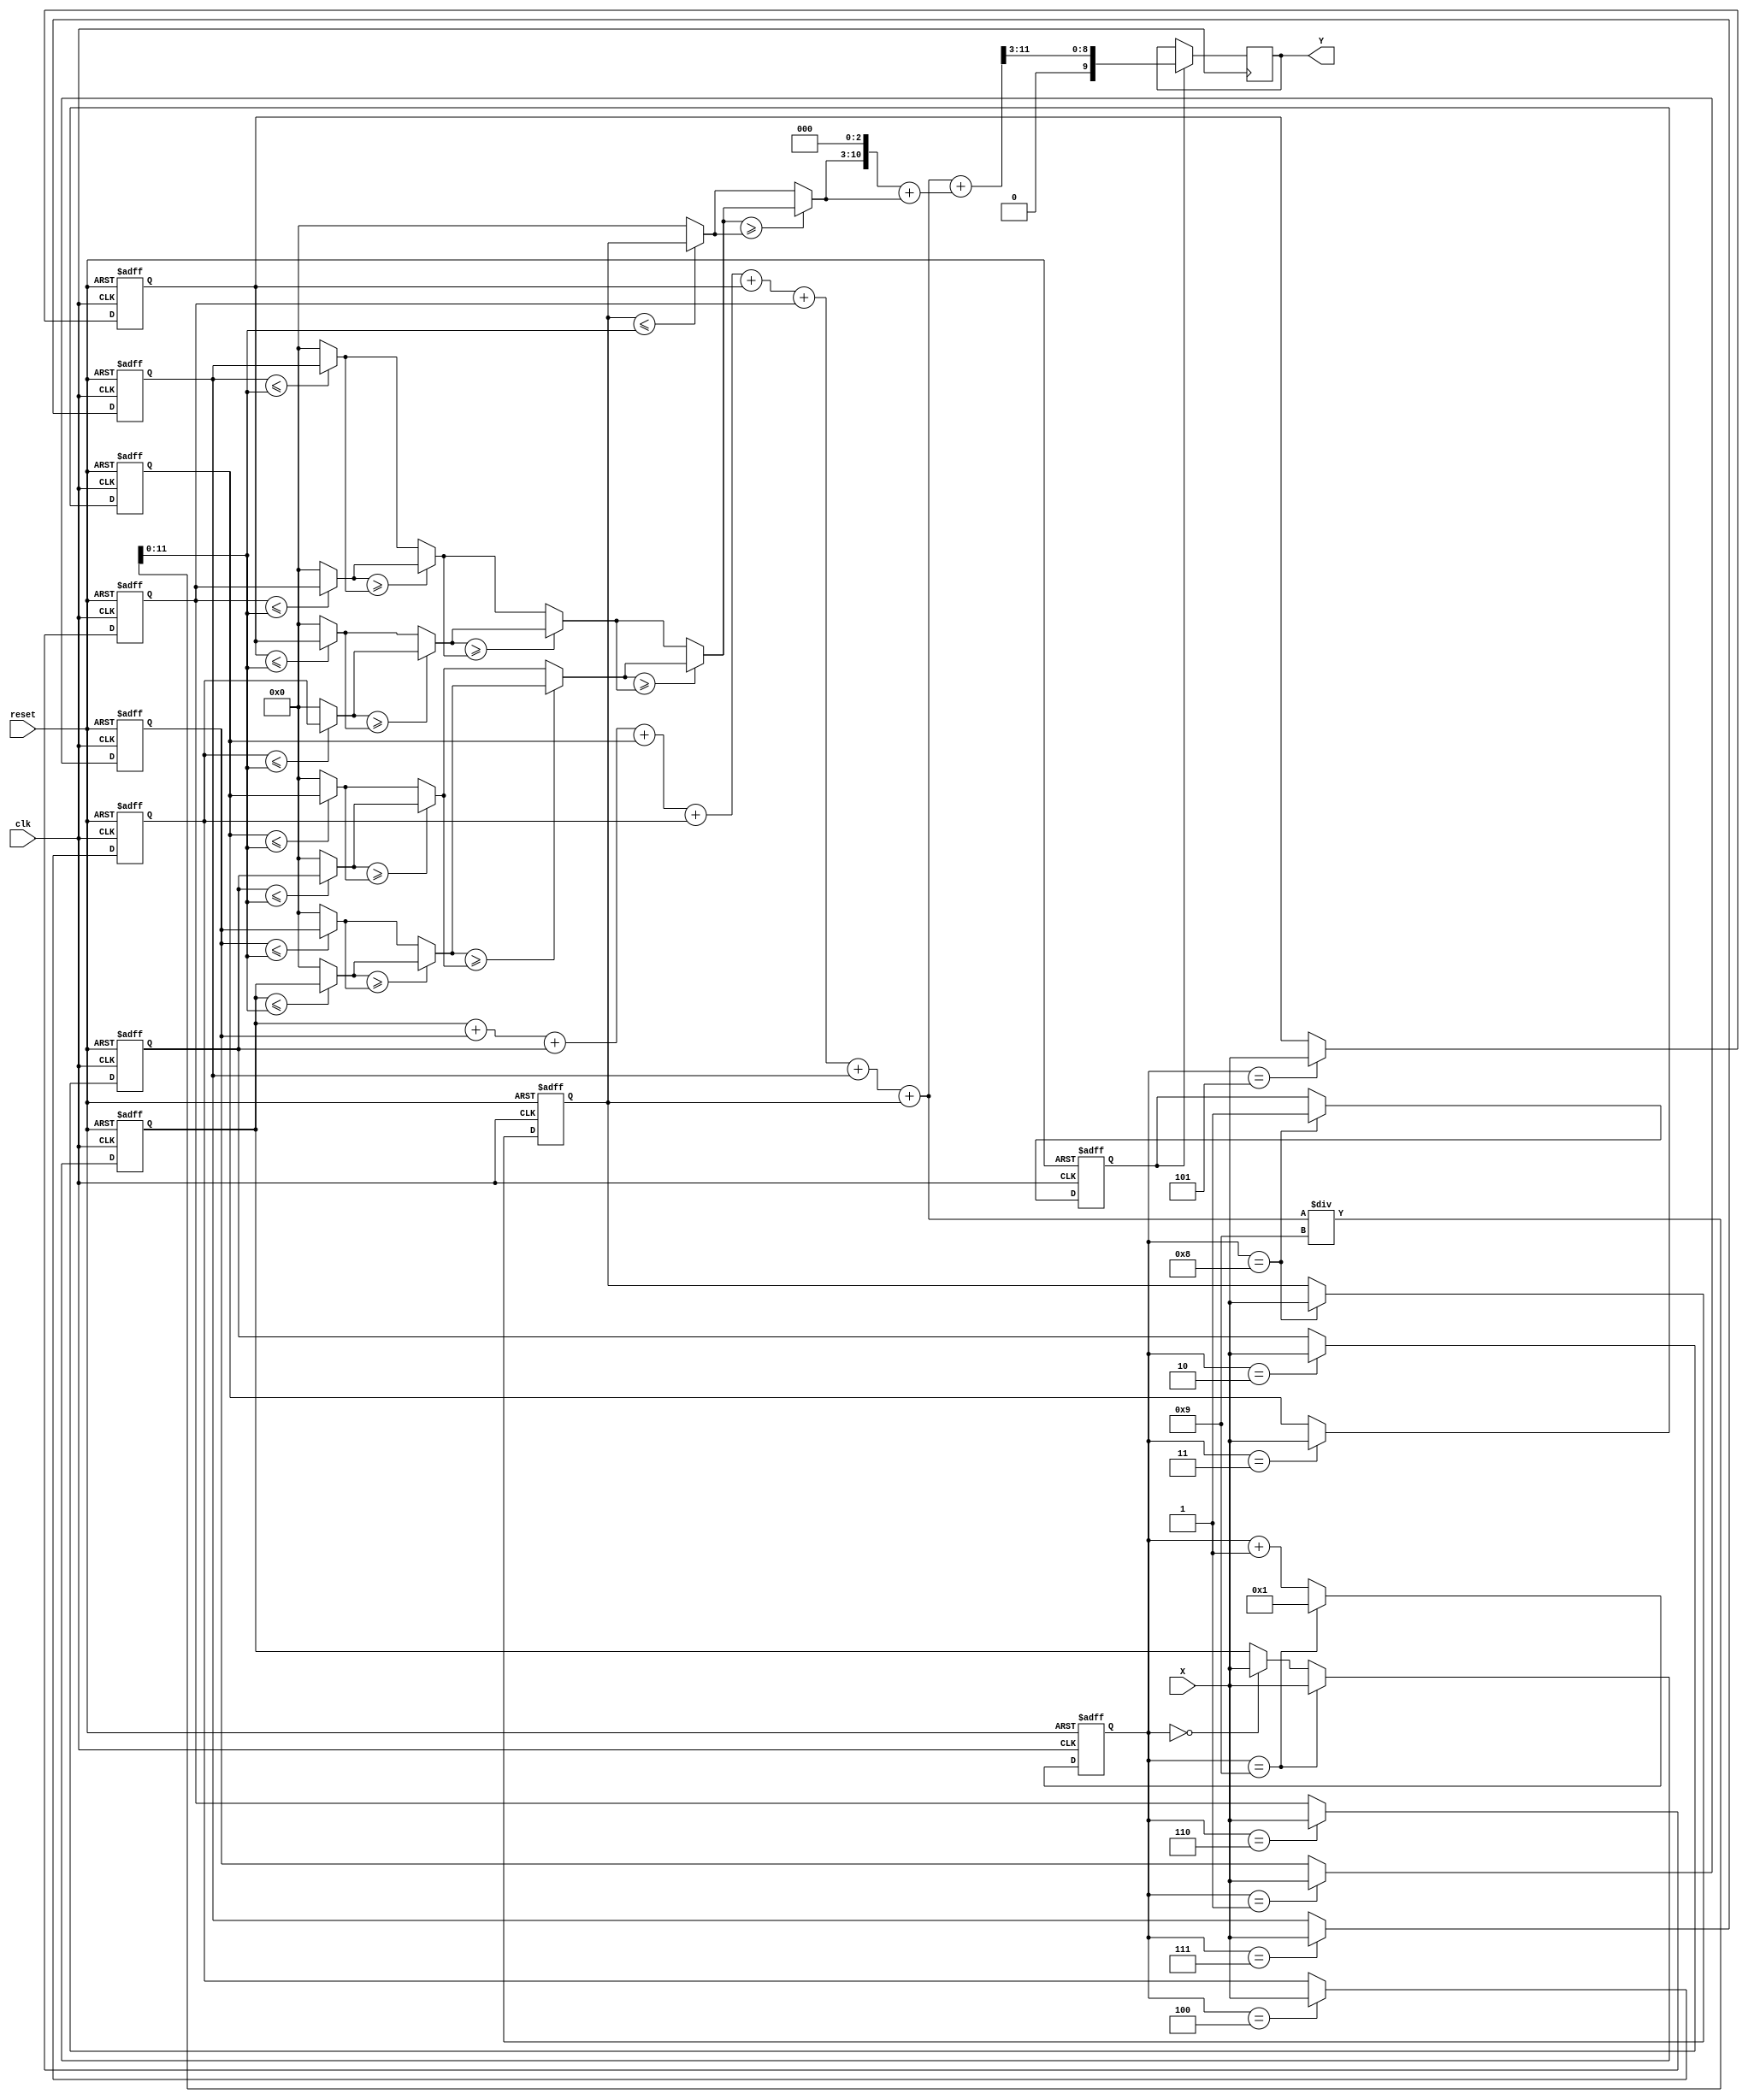
`timescale 1ns/10ps
/*
 * IC Contest Computational System (CS)
*/
module CS(Y, X, reset, clk);

input clk, reset; 
input [7:0] X;
output reg [9:0] Y;

reg [3:0] counter;
reg [7:0] X_in[0:8];
reg flag;

wire [11:0] X_SUM;
wire [11:0] X_AVG;
wire [11:0] X_APPR;
wire [7:0]x_0, x_1, x_2, x_3, x_4, x_5, x_6, x_7, x_8; 
wire [7:0]cmp_0, cmp_1, cmp_2, cmp_3, cmp_4, cmp_5, cmp_6, cmp_7; 
integer i;

assign X_SUM = X_in[0] + X_in[1] + X_in[2] + X_in[3] + X_in[4] + X_in[5] + X_in[6] + X_in[7] + X_in[8];
assign X_AVG = X_SUM / 9;
assign X_APPR = (cmp_7 << 3) + cmp_7;

assign x_0 = (X_in[0] <= X_AVG) ? X_in[0] : 0;
assign x_1 = (X_in[1] <= X_AVG) ? X_in[1] : 0;
assign x_2 = (X_in[2] <= X_AVG) ? X_in[2] : 0;
assign x_3 = (X_in[3] <= X_AVG) ? X_in[3] : 0;
assign x_4 = (X_in[4] <= X_AVG) ? X_in[4] : 0;
assign x_5 = (X_in[5] <= X_AVG) ? X_in[5] : 0;
assign x_6 = (X_in[6] <= X_AVG) ? X_in[6] : 0;
assign x_7 = (X_in[7] <= X_AVG) ? X_in[7] : 0;
assign x_8 = (X_in[8] <= X_AVG) ? X_in[8] : 0;

assign cmp_0 = (x_0 >= x_1) ? x_0 : x_1;
assign cmp_1 = (x_2 >= x_3) ? x_2 : x_3;
assign cmp_2 = (x_4 >= x_5) ? x_4 : x_5;
assign cmp_3 = (x_6 >= x_7) ? x_6 : x_7;

assign cmp_4 = (cmp_0 >= cmp_1) ? cmp_0 : cmp_1;
assign cmp_5 = (cmp_2 >= cmp_3) ? cmp_2 : cmp_3;

assign cmp_6 = (cmp_4 >= cmp_5) ? cmp_4 : cmp_5;
assign cmp_7 = (cmp_6 >= x_8) ? cmp_6 : x_8;


always@(posedge clk or posedge reset)begin
	if(reset)begin
		counter <= 0;
		for(i=0;i<9;i=i+1)
			X_in[i] <= 0;
		flag <= 0;
	end
	else begin
		X_in[counter] <= X;
		counter <= counter + 1;
		if(counter == 8)
			flag <= 1;
		if(counter == 9)begin
			X_in[0] <= X;
			counter <= 1;
		end
	end
end

always@(negedge clk)begin
	if(flag == 1)
		Y <= (X_SUM + X_APPR) >> 3;
	
end
endmodule